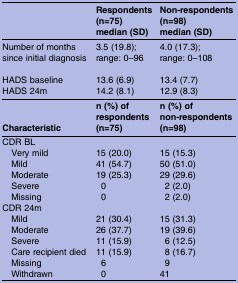
<table><thead><tr><td>[EMPTY_CELL]</td><td><b>Respondents (n=75)median (SD)</b></td><td><b>Non-respondents (n=98)median (SD)</b></td></tr></thead><tbody><tr><td>Number of months since initial diagnosis</td><td>3.5 (19.8); range: 0–96</td><td>4.0 (17.3); range: 0–108</td></tr><tr><td>HADS baseline</td><td>13.6 (6.9)</td><td>13.4 (7.7)</td></tr><tr><td>HADS 24m</td><td>14.2 (8.1)</td><td>12.9 (8.3)</td></tr><tr><td><b>Characteristic</b></td><td><b>n (%) of respondents (n=75)</b></td><td><b>n (%) of non-respondents (n=98)</b></td></tr><tr><td colspan="3">CDR BL</td></tr><tr><td> Very mild</td><td>15 (20.0)</td><td>15 (15.3)</td></tr><tr><td> Mild</td><td>41 (54.7)</td><td>50 (51.0)</td></tr><tr><td> Moderate</td><td>19 (25.3)</td><td>29 (29.6)</td></tr><tr><td> Severe</td><td>0</td><td>2 (2.0)</td></tr><tr><td> Missing</td><td>0</td><td>2 (2.0)</td></tr><tr><td colspan="3">CDR 24m</td></tr><tr><td> Mild</td><td>21 (30.4)</td><td>15 (31.3)</td></tr><tr><td> Moderate</td><td>26 (37.7)</td><td>19 (39.6)</td></tr><tr><td> Severe</td><td>11 (15.9)</td><td>6 (12.5)</td></tr><tr><td> Care recipient died</td><td>11 (15.9)</td><td>8 (16.7)</td></tr><tr><td> Missing</td><td>6</td><td>9</td></tr><tr><td> Withdrawn</td><td>0</td><td>41</td></tr></tbody></table>